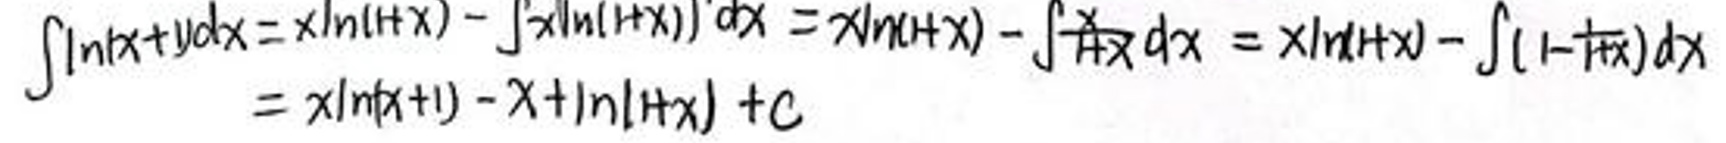
\[\int \ln(x + 1)dx = x\ln(1 + x)-\int x\ln(1 + x)'dx = x\ln(1 + x)-\int \frac{x}{1 + x}dx = x\ln(1 + x)-\int (1-\frac{1}{1 + x})dx\]
\[= x\ln(x + 1)-x+\ln(1 + x)+C\]